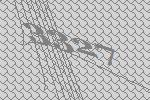
3327